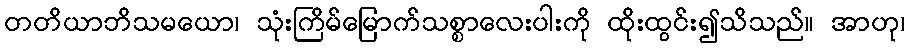
တတိယာဘိသမယော၊ သုံးကြိမ်မြောက်သစ္စာလေးပါးကို ထိုးထွင်း၍သိသည်။ အာဟု၊